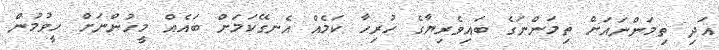
އަދި ތިމަންނައަށް ތިމަންނަގެ ބައިވެރިޔާގެ ހުރިހާ ކަމެއް އެނގޭކަމަށް ބައެއް މީހުންނަށް ހީވުމުން